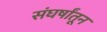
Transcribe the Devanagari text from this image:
संघर्षांतून